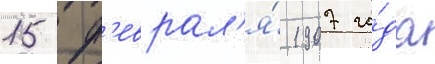
15 ф'еврал'я́ 1907 го́да